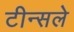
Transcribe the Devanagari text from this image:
टीन्सले